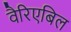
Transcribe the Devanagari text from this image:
वैरिएबिल